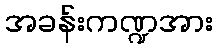
အခန်းကဏ္ဍအား